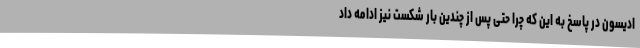
ادیسون در پاسخ به این که چرا حتی پس از چندین بار شکست نیز ادامه داد